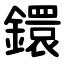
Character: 鐶